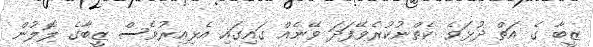
ޒީބާ ގެ އަތް ދުޅަވެ ކެތްނުކުރެވޭފަދަ ވޭނެއް ގައިގައި އެޅިއިރުވެސް ޒީބާގެ ލޮލުން